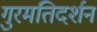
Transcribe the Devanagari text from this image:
गुरमतिदर्शन